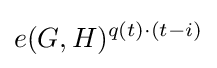
e(G,H)^{q(t)\cdot (t-i)}